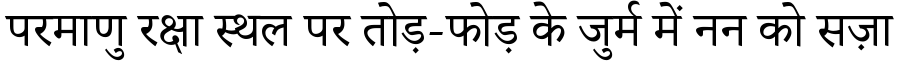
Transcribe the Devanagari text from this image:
परमाणु रक्षा स्थल पर तोड़-फोड़ के जुर्म में नन को सज़ा